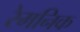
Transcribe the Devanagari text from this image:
रेमनिक